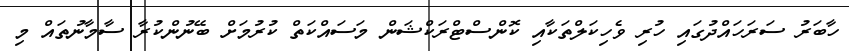
ހާބަރު ސަރަހައްދުގައި ހުރި ވެހިކަލްތަކާއި ކޮންސްޓްރަކްޝަން މަސައްކަތް ކުރުމަށް ބޭނުންކުރާ ސާމާނުތައް މި